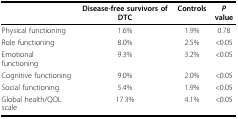
<table><thead><tr><td></td><td><b>Disease-free survivors of DTC</b></td><td><b>Controls</b></td><td><b><i>P </i>value</b></td></tr></thead><tbody><tr><td>Physical functioning</td><td>1.6%</td><td>1.9%</td><td>0.78</td></tr><tr><td>Role functioning</td><td>8.0%</td><td>2.5%</td><td>&lt;0.05</td></tr><tr><td>Emotional functioning</td><td>9.3%</td><td>3.2%</td><td>&lt;0.05</td></tr><tr><td>Cognitive functioning</td><td>9.0%</td><td>2.0%</td><td>&lt;0.05</td></tr><tr><td>Social functioning</td><td>5.4%</td><td>1.9%</td><td>&lt;0.05</td></tr><tr><td>Global health/QOL scale</td><td>17.3%</td><td>4.1%</td><td>&lt;0.05</td></tr></tbody></table>